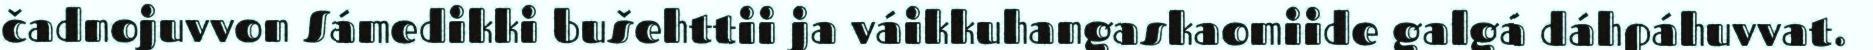
čadnojuvvon Sámedikki bušehttii ja váikkuhangaskaomiide galgá dáhpáhuvvat.